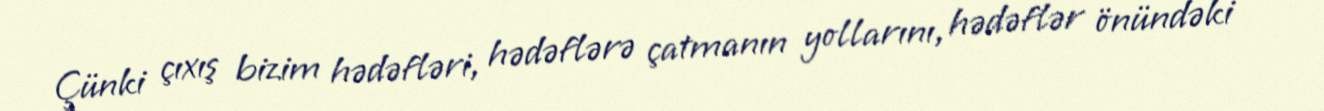
Çünki çıxış bizim hədəfləri, hədəflərə çatmanın yollarını, hədəflər önündəki